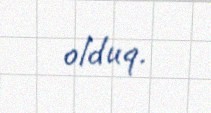
olduq.